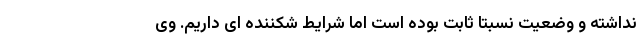
نداشته و وضعیت نسبتا ثابت بوده است اما شرایط شکننده ای داریم. وی